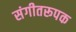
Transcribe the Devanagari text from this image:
संगीतरूपक